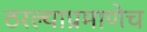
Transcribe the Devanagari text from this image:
ठरल्याप्रमाणेच